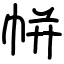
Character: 帡